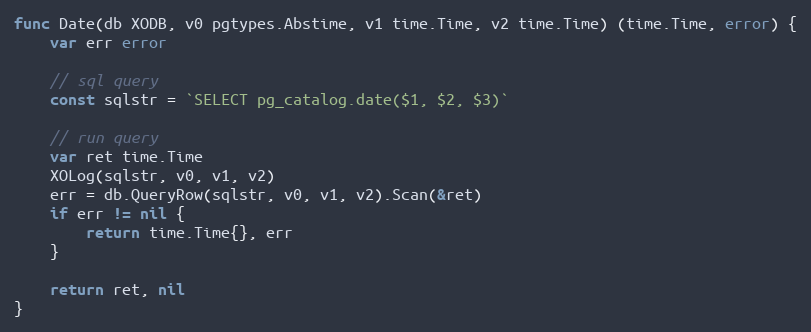
Language: Go
func Date(db XODB, v0 pgtypes.Abstime, v1 time.Time, v2 time.Time) (time.Time, error) {
	var err error

	// sql query
	const sqlstr = `SELECT pg_catalog.date($1, $2, $3)`

	// run query
	var ret time.Time
	XOLog(sqlstr, v0, v1, v2)
	err = db.QueryRow(sqlstr, v0, v1, v2).Scan(&ret)
	if err != nil {
		return time.Time{}, err
	}

	return ret, nil
}